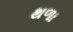
થળા